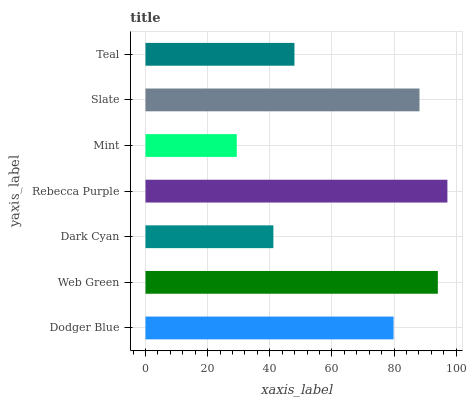
| yaxis_label | bars |
 | --- | --- |
 | Dodger Blue | 79.8 |
 | Web Green | 94.1 |
 | Dark Cyan | 41.2 |
 | Rebecca Purple | 97.2 |
 | Mint | 29.4 |
 | Slate | 88.2 |
 | Teal | 47.9 |